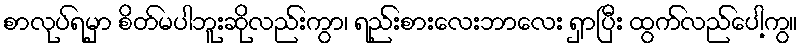
စာလုပ်ရမှာ စိတ်မပါဘူးဆိုလည်းကွာ၊ ရည်းစားလေးဘာလေး ရှာပြီး ထွက်လည်ပေါ့ကွ။